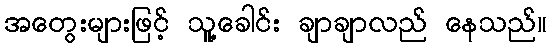
အတွေးများဖြင့် သူ့ခေါင်း ချာချာလည် နေသည်။